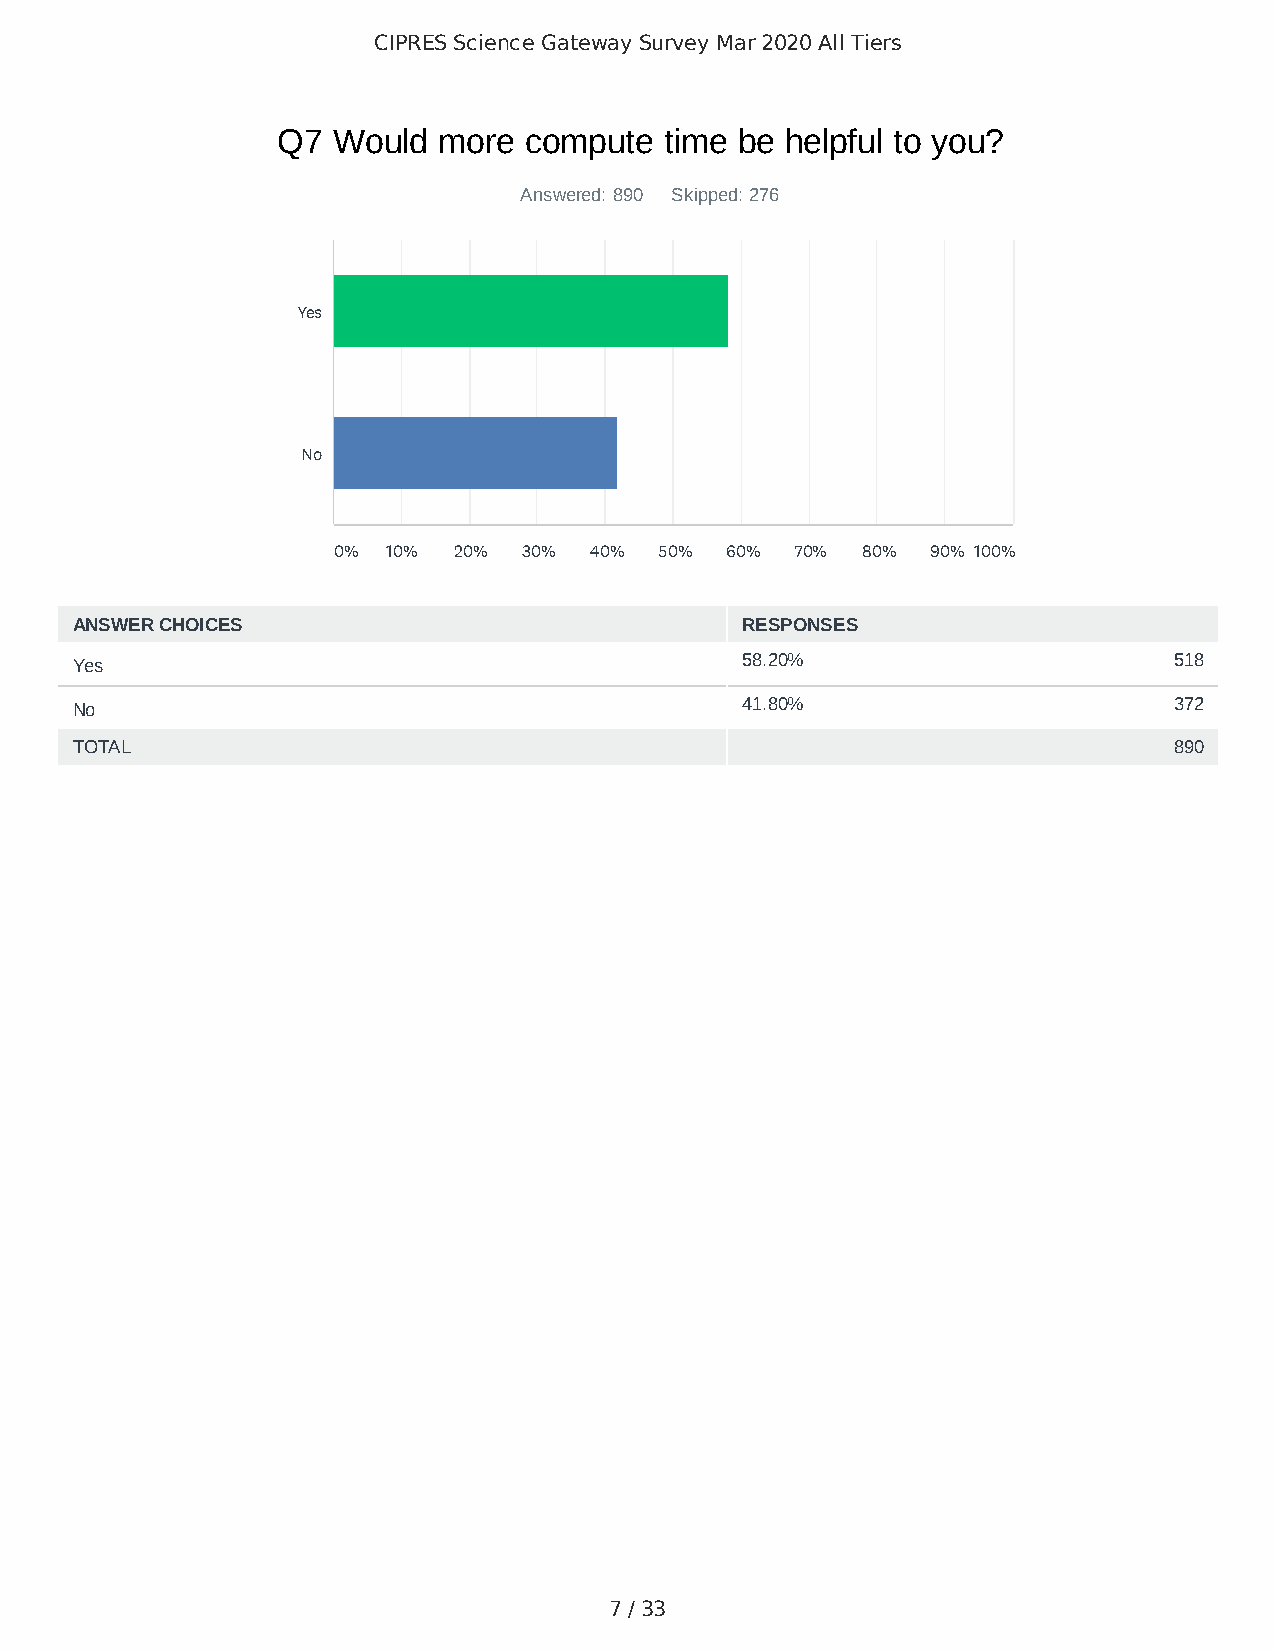
CIPRES Science Gateway Survey Mar 2020 All Tiers
 Q7  Would  more  compute  time be helpful to you?
 Answered: 890 Skipped: 276
 Yes
 No
 0%  10% 20%  30% 40%  50% 60%  70% 80%  90% 100%
 ANSWER CHOICES                              RESPONSES
 Yes                                         58.20%                       518
 No                                          41.80%                       372
 TOTAL                                                                    890
 7 / 33